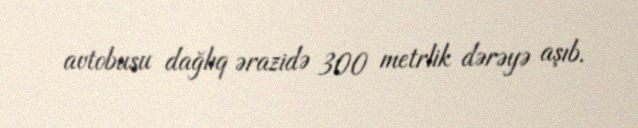
avtobusu dağlıq ərazidə 300 metrlik dərəyə aşıb.